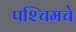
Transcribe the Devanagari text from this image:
पश्‍चिमचे